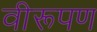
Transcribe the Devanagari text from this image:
वीरूपण